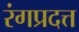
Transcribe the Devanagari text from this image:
रंगप्रदत्त